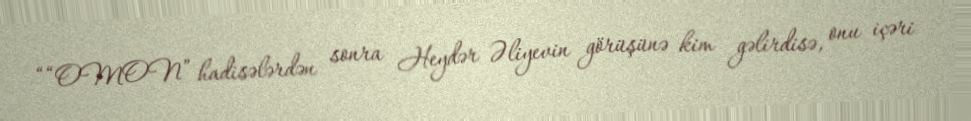
““OMON” hadisələrdən sonra Heydər Əliyevin görüşünə kim gəlirdisə, onu içəri